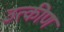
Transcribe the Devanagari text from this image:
उत्कीण